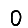
Digit: 0